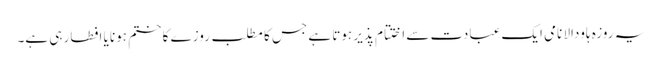
یہ روزہ ہاودالا نامی ایک عبادت سے اختتام پذیر ہوتا ہے جس کا مطلب روزے کا ختم ہونا یا افطار ہی ہے۔